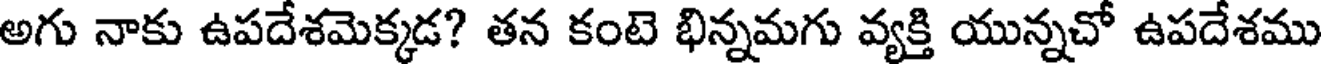
అగు నాకు ఉపదేశమెక్కడ? తన కంటె భిన్నమగు వ్యక్తి యున్నచో ఉపదేశము